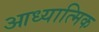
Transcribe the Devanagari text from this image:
आध्‍यात्मिक